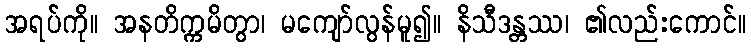
အရပ်ကို။ အနတိက္ကမိတွာ၊ မကျော်လွန်မူ၍။ နိသီဒန္တဿ၊ ၏လည်းကောင်။